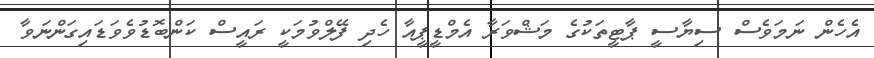
އެހެން ނަމަވެސް ސިޔާސީ ޕާޓީތަކުގެ މަޝްވަރާ އެމްޑީޕީއާ ހެދި ފޭލްވުމަކީ ރައީސް ކަންބޮޑުވެވަޑައިގަންނަވާ